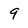
Character: 9